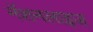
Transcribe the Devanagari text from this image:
नॅशनलाइज